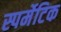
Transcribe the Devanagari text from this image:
स्पर्मेटिक